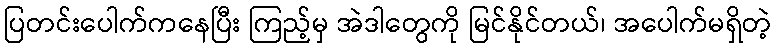
ပြတင်းပေါက်ကနေပြီး ကြည့်မှ အဲဒါတွေကို မြင်နိုင်တယ်၊ အပေါက်မရှိတဲ့